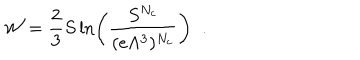
LaTeX: { \cal W } = \frac { 2 } { 3 } S \ln \left( \frac { S ^ { N _ { c } } } { ( e \Lambda ^ { 3 } ) ^ { N _ { c } } } \right) \; \; .